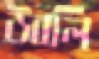
উবলি